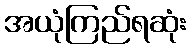
အယုံကြည်ရဆုံး